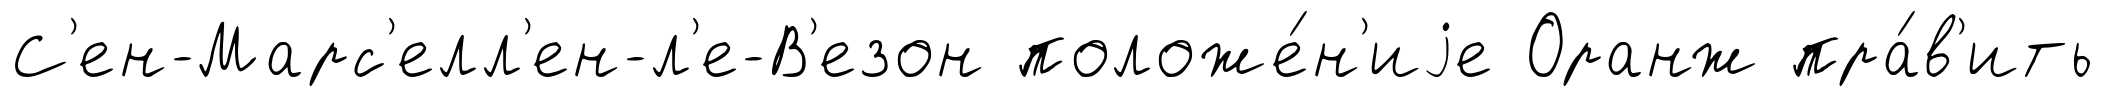
С'ен-Марс'елл'ен-л'е-В'езон положе́н'иjе Оранж пра́в'ить